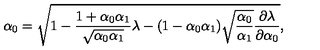
\alpha _ { 0 } = \sqrt { 1 - \frac { 1 + \alpha _ { 0 } \alpha _ { 1 } } { \sqrt { \alpha _ { 0 } \alpha _ { 1 } } } \lambda - ( 1 - \alpha _ { 0 } \alpha _ { 1 } ) \sqrt { \frac { \alpha _ { 0 } } { \alpha _ { 1 } } } \frac { \partial \lambda } { \partial \alpha _ { 0 } } } ,